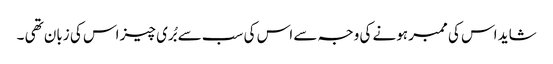
شاید اس کی ممبر ہونے کی وجہ سے اس کی سب سے بُری چیز اس کی زبان تھی ۔